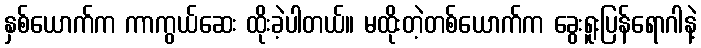
နှစ်ယောက်က ကာကွယ်ဆေး ထိုးခဲ့ပါတယ်။ မထိုးတဲ့တစ်ယောက်က ခွေးရူးပြန်ရောဂါနဲ့